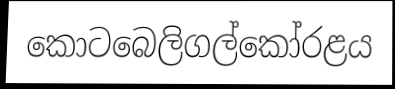
කොටබෙලිගල්කෝරළය